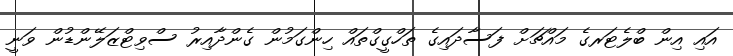
އައި އިން ބްލެޓަރގެ މައްޗަށް ފަސާދައިގެ ތަހްގީގްތައް ހިންގަމުން ގެންދާއިރު ސްވިޓްޒަލޭންޑުން ވަނީ